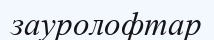
зауролофтар